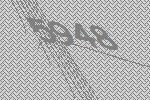
5948